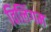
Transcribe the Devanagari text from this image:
विलिंगम